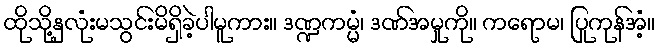
ထိုသို့နှလုံးမသွင်းမိရှိခဲ့ပါမူကား။ ဒဏ္ဍကမ္မံ၊ ဒဏ်အမှုကို။ ကရောမ၊ ပြုကုန်အံ့။